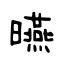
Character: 曣